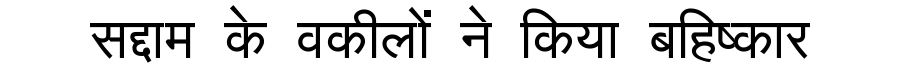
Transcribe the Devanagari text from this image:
सद्दाम के वकीलों ने किया बहिष्कार